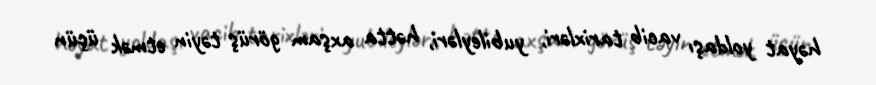
həyat yoldaşı vacib tarixləri, yubileyləri, hətta axşam görüş təyin etmək üçün